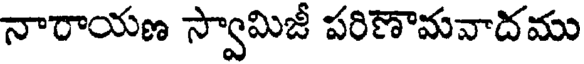
నారాయణ స్వామిజీ పరిణామవాదము